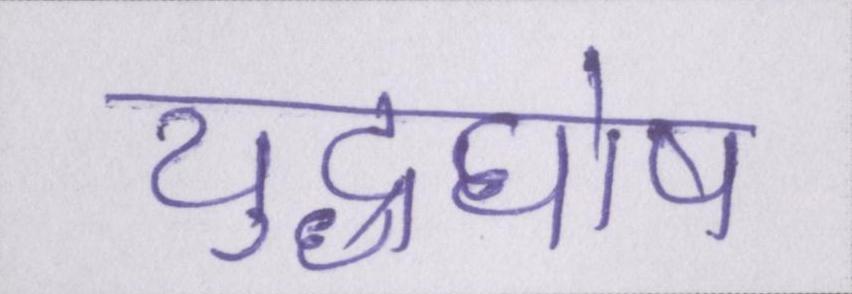
युद्धघोष